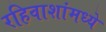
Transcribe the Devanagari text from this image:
रहिवाशांमध्ये